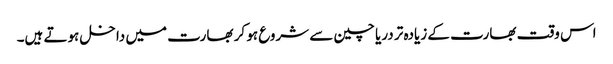
اس وقت بھارت کے زیادہ تر دریا چین سے شروع ہو کر بھارت میں داخل ہوتے ہیں۔